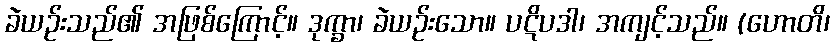
ခဲယဉ်းသည်၏ အဖြစ်ကြောင့်။ ဒုက္ခာ၊ ခဲယဉ်းသော။ ပဋိပဒါ၊ အကျင့်သည်။ (ဟောတိ၊